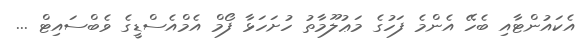
އެކައުންޓާއި ބެހޭ އެންމެ ފަހުގެ މަޢުލޫމާތު ހުށަހަޅާ ފޯމް އެމްއެސްޑީގެ ވެބްސައިޓް ...